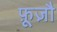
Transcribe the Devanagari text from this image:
फ़ूज़ौ